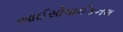
આઈસોપાઈકનલ